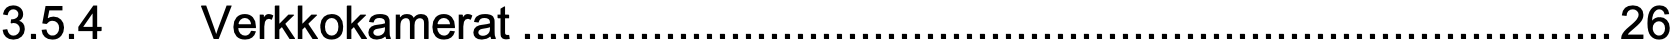
3.5.4  Verkkokamerat....................................................................................26